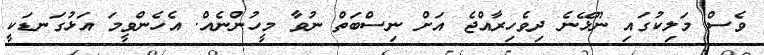
ވެސް މަލިކުގައި ނޫޅޭނެ ދިވެހިރާއްޖެ އަށް ނިސްބަތް ނުވާ މީހުންނެއް. އެހެންވީމަ އަޅުގަނޑަކީ